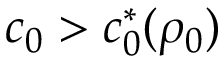
c _ { 0 } > c _ { 0 } ^ { * } ( \rho _ { 0 } )